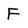
Character: F